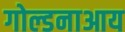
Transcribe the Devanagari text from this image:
गोल्डनाआय